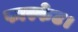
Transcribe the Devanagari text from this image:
फास्फेट।